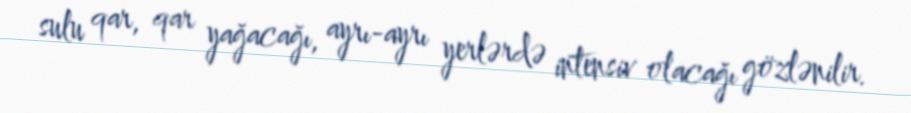
sulu qar, qar yağacağı, ayrı-ayrı yerlərdə intensiv olacağı gözlənilir.